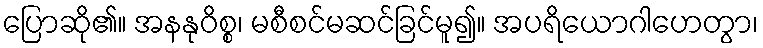
ပြောဆို၏။ အနနုဝိစ္စ၊ မစီစင်မဆင်ခြင်မူ၍။ အပရိယောဂါဟေတွာ၊